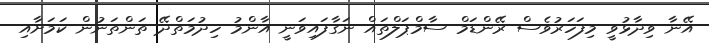
އޭނާ ވިދާޅުވީ މިފަހަރުވެސް ރޭންޑަމް ސާމްޕަލްތައް ނަގާފައިވަނީ އާންމު ހިދުމަތްދޭ ތަންތަނުން ކަމަށާއި